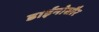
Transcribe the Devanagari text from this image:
डाईनोसौर